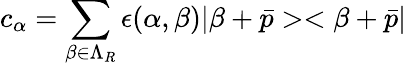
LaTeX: c_{\alpha}=\sum_{\beta\in\Lambda_{R}}\epsilon(\alpha,\beta)|\beta+\bar{p}><\beta+\bar{p}|